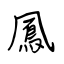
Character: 鳳